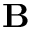
\mathbf { B }